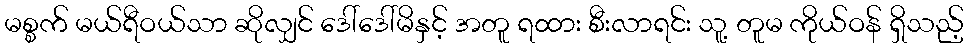
မစ္စက် မယ်ရီဝယ်သာ ဆိုလျှင် ဒေါ်ဒေါ်မိနှင့် အတူ ရထား စီးလာရင်း သူ့ တူမ ကိုယ်ဝန် ရှိသည့်